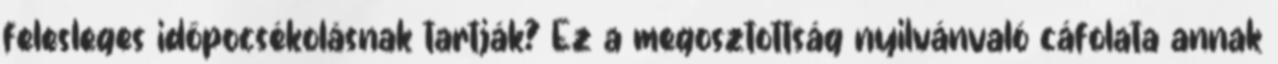
felesleges időpocsékolásnak tartják? Ez a megosztottság nyilvánvaló cáfolata annak